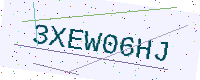
Text: 3XEW06HJ